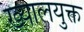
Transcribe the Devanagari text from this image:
ख्यालयुक्त